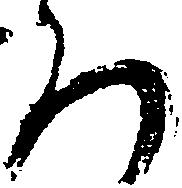
ろ